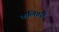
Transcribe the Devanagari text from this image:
कलिगरी